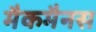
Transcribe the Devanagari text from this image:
मैकमैनस